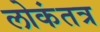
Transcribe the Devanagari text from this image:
लोकंतत्र